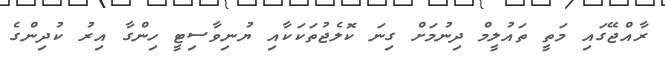
ރާއްޖޭގައި މަތީ ތައުލީމް ދިނުމަށް ގިނަ ކޮލެޖުތަކަކާއި ޔުނިވާސިޓީ ހިންގާ އިރު ކުދިންގެ